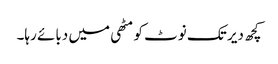
کچھ دیر تک نوٹ کو مٹھی میں دبائے رہا۔